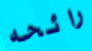
رائحه